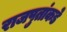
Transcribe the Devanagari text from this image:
राजपुतांकडे